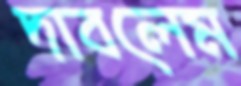
দাবলেম